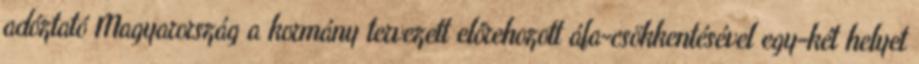
adóztató Magyarország a kormány tervezett előrehozott áfa-csökkentésével egy-két helyet